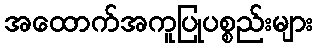
အထောက်အကူပြုပစ္စည်းများ